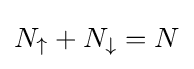
N_{\uparrow }+N_{\downarrow }=N